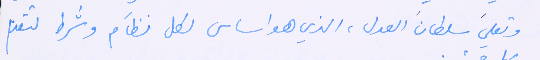
وتعليَ سلطانَ العدل، الذي هو اساس لكل نظَام وشرط تتقدم